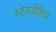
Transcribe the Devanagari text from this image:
स्टेवर्डशिप